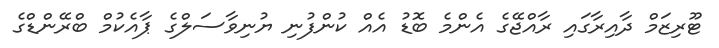
ޓޫރިޒަމް ދާއިރާގައި ރާއްޖޭގެ އެންމެ ބޮޑު އެއް ކުންފުނި ޔުނިވާސަލްގެ ޕާއެކުމް ބްރޭންޑްގެ